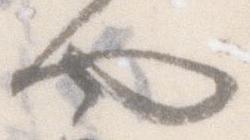
や